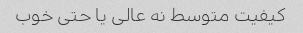
کیفیت متوسط نه عالی یا حتی خوب